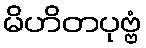
မိဟိတပုဗ္ဗံ